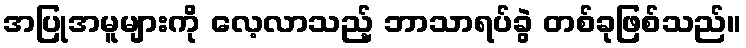
အပြုအမူများကို လေ့လာသည့် ဘာသာရပ်ခွဲ တစ်ခုဖြစ်သည်။